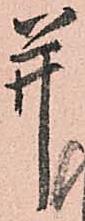
并